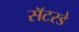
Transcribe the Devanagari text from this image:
सॅटरडे